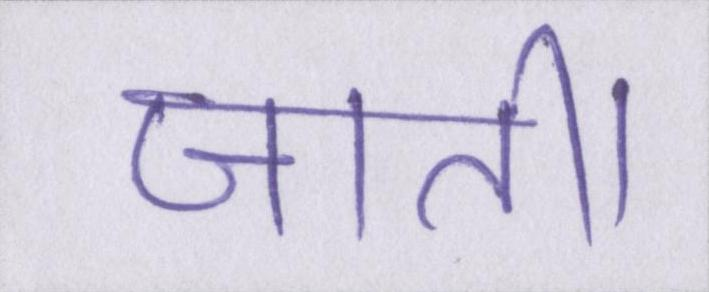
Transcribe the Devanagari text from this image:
जाती।